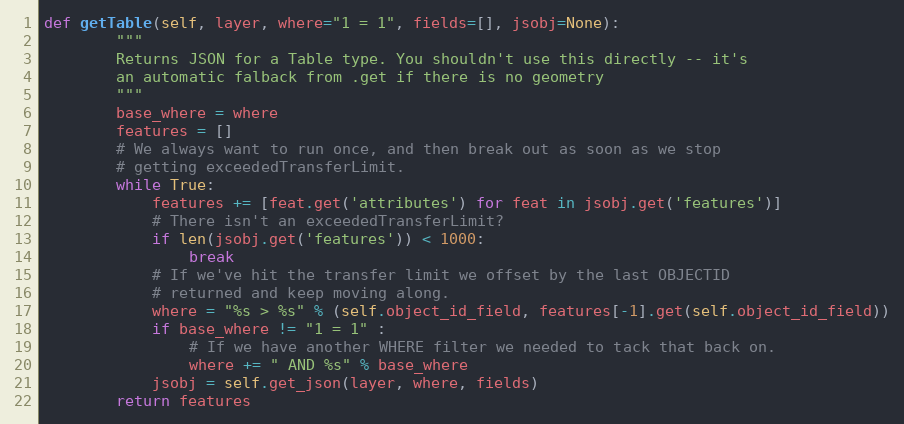
Language: Python
def getTable(self, layer, where="1 = 1", fields=[], jsobj=None):
        """
        Returns JSON for a Table type. You shouldn't use this directly -- it's
        an automatic falback from .get if there is no geometry
        """
        base_where = where
        features = []
        # We always want to run once, and then break out as soon as we stop
        # getting exceededTransferLimit.
        while True:
            features += [feat.get('attributes') for feat in jsobj.get('features')]
            # There isn't an exceededTransferLimit?
            if len(jsobj.get('features')) < 1000:
                break
            # If we've hit the transfer limit we offset by the last OBJECTID
            # returned and keep moving along.
            where = "%s > %s" % (self.object_id_field, features[-1].get(self.object_id_field))
            if base_where != "1 = 1" :
                # If we have another WHERE filter we needed to tack that back on.
                where += " AND %s" % base_where
            jsobj = self.get_json(layer, where, fields)
        return features